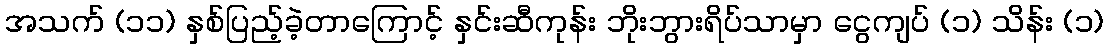
အသက် (၁၁) နှစ်ပြည့်ခဲ့တာကြောင့် နှင်းဆီကုန်း ဘိုးဘွားရိပ်သာမှာ ငွေကျပ် (၁) သိန်း (၁)